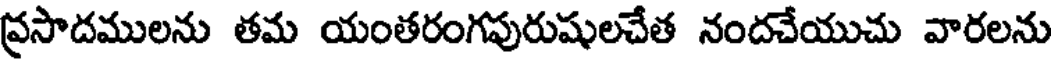
ప్రసాదములను తమ యంతరంగపురుషులచేత నందచేయుచు వారలను